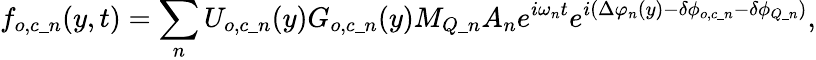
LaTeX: f_{o,c\_ n}(y,t)=\sum_{n}{U_{o,c\_ n}(y)G_{o,c\_ n}(y)M_{Q\_ n}A_{n}e^{i\omega_{n}t}e^{i\left(\Delta\varphi_{n}(y)-\delta\phi_{o,c\_ n}-\delta\phi_{Q\_ n}\right)}},